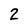
Character: 2